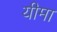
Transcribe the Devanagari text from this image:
यीमा